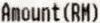
AMOUNT(RM)